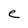
Character: e